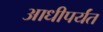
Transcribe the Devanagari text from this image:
आधीपर्यंत